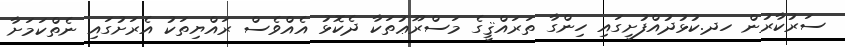
ސަރުކާރުން ހދ.ކުޅުދުއްފުށީގައި ހިންގާ ތަރައްޤީގެ މަސްރޫޢުތަކާ ދެކޮޅު އެއްވެސް ރައްޔިތަކު އެރަށުގައި ނެތްކަމަށާ